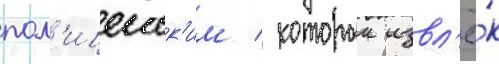
пол'ицеиск'им / которыи извл'ё́к